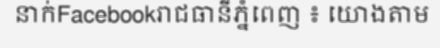
នាក់Facebookរាជធានីភ្នំពេញ ៖ យោងតាម